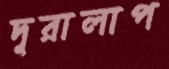
দূরালাপ